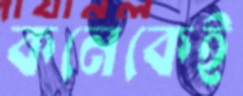
কনেকেই